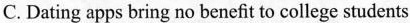
C.Dating apps bring no benefit to college students